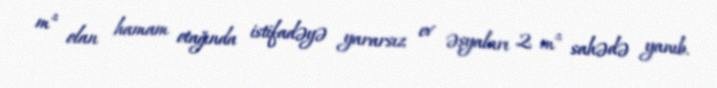
m² olan hamam otağında istifadəyə yararsız ev əşyaları 2 m² sahədə yanıb.